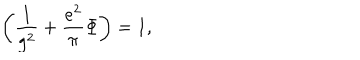
\left( { \frac { 1 } { g ^ { 2 } } } + { \frac { e ^ { 2 } } { \pi } } \Phi \right) = 1 ,